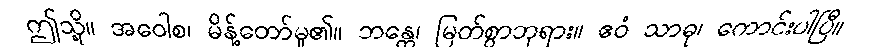
ဤသို့။ အဝေါစ၊ မိန့်တော်မူ၏။ ဘန္တေ၊ မြတ်စွာဘုရား။ ဧဝံ သာဓု၊ ကောင်းပါပြီ။